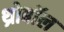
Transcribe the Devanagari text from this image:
थ्रोबॉल